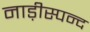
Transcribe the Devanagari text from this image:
नाड़ीस्पन्द